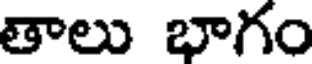
తాలు భాగం